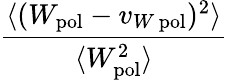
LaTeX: \frac{\langle(W_{\mathrm{pol}}-v_{W\, \mathrm{pol}})^{2}\rangle}{\langle W_{\mathrm{pol}}^{2}\rangle}